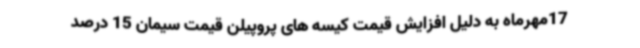
17مهرماه به دلیل افزایش قیمت کیسه های پروپیلن قیمت سیمان 15 درصد